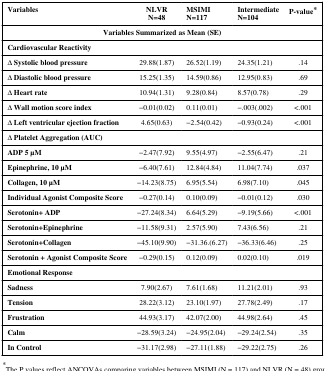
<table><thead><tr><td><b>Variables</b></td><td><b>NLVRN=48</b></td><td><b>MSIMIN=117</b></td><td><b>IntermediateN=104</b></td><td><b>P-value*</b></td></tr></thead><tbody><tr><td colspan="5"><b>Variables Summarized as Mean (SE)</b></td></tr><tr><td colspan="5"><b>Cardiovascular Reactivity</b></td></tr><tr><td><b>Δ Systolic blood pressure</b></td><td>29.88(1.87)</td><td>26.52(1.19)</td><td>24.35(1.21)</td><td>.14</td></tr><tr><td><b>Δ Diastolic blood pressure</b></td><td>15.25(1.35)</td><td>14.59(0.86)</td><td>12.95(0.83)</td><td>.69</td></tr><tr><td><b>Δ Heart rate</b></td><td>10.94(1.31)</td><td>9.28(0.84)</td><td>8.57(0.78)</td><td>.29</td></tr><tr><td><b>Δ Wall motion score index</b></td><td>−0.01(0.02)</td><td>0.11(0.01)</td><td>−.003(.002)</td><td>&lt;.001</td></tr><tr><td><b>Δ Left ventricular ejection fraction</b></td><td>4.65(0.63)</td><td>−2.54(0.42)</td><td>−0.93(0.24)</td><td>&lt;.001</td></tr><tr><td colspan="5"><b>Δ Platelet Aggregation (AUC)</b></td></tr><tr><td><b>ADP 5 μM</b></td><td>−2.47(7.92)</td><td>9.55(4.97)</td><td>−2.55(6.47)</td><td>.21</td></tr><tr><td><b>Epinephrine, 10 μM</b></td><td>−6.40(7.61)</td><td>12.84(4.84)</td><td>11.04(7.74)</td><td>.037</td></tr><tr><td><b>Collagen, 10 μM</b></td><td>−14.23(8.75)</td><td>6.95(5.54)</td><td>6.98(7.10)</td><td>.045</td></tr><tr><td><b>Individual Agonist Composite Score</b></td><td>−0.27(0.14)</td><td>0.10(0.09)</td><td>−0.01(0.12)</td><td>.030</td></tr><tr><td><b>Serotonin+ ADP</b></td><td>−27.24(8.34)</td><td>6.64(5.29)</td><td>−9.19(5.66)</td><td>&lt;.001</td></tr><tr><td><b>Serotonin+Epinephrine</b></td><td>−11.58(9.31)</td><td>2.57(5.90)</td><td>7.43(6.56)</td><td>.21</td></tr><tr><td><b>Serotonin+Collagen</b></td><td>−45.10(9.90)</td><td>−31.36.(6.27)</td><td>−36.33(6.46)</td><td>.25</td></tr><tr><td><b>Serotonin + Agonist Composite Score</b></td><td>−0.29(0.15)</td><td>0.12(0.09)</td><td>0.02(0.10)</td><td>.019</td></tr><tr><td colspan="5"><b>Emotional Response</b></td></tr><tr><td><b>Sadness</b></td><td>7.90(2.67)</td><td>7.61(1.68)</td><td>11.21(2.01)</td><td>.93</td></tr><tr><td><b>Tension</b></td><td>28.22(3.12)</td><td>23.10(1.97)</td><td>27.78(2.49)</td><td>.17</td></tr><tr><td><b>Frustration</b></td><td>44.93(3.17)</td><td>42.07(2.00)</td><td>44.98(2.64)</td><td>.45</td></tr><tr><td><b>Calm</b></td><td>−28.59(3.24)</td><td>−24.95(2.04)</td><td>−29.24(2.54)</td><td>.35</td></tr><tr><td><b>In Control</b></td><td>−31.17(2.98)</td><td>−27.11(1.88)</td><td>−29.22(2.75)</td><td>.26</td></tr></tbody></table>